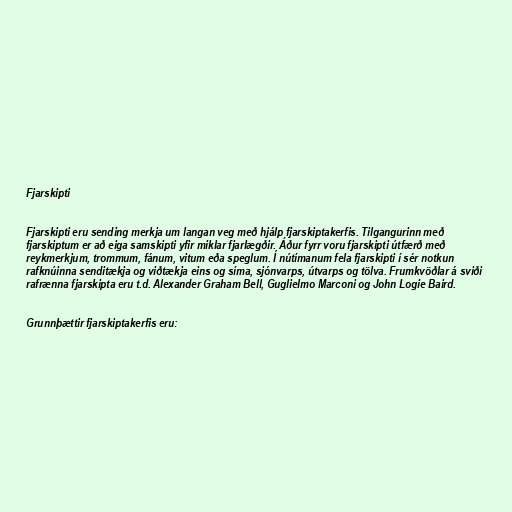
Fjarskipti

Fjarskipti eru sending merkja um langan veg með hjálp fjarskiptakerfis. Tilgangurinn með
fjarskiptum er að eiga samskipti yfir miklar fjarlægðir. Áður fyrr voru fjarskipti útfærð með
reykmerkjum, trommum, fánum, vitum eða speglum. Í nútímanum fela fjarskipti í sér notkun
rafknúinna senditækja og viðtækja eins og síma, sjónvarps, útvarps og tölva. Frumkvöðlar á sviði
rafrænna fjarskipta eru t.d. Alexander Graham Bell, Guglielmo Marconi og John Logie Baird.

Grunnþættir fjarskiptakerfis eru: